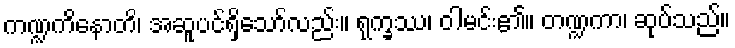
ကဏ္ဍကိနောတိ၊ အဆူပင်ရှိသော်လည်း။ ရုက္ခဿ၊ ဝါမင်း၏။ တဏ္ဍကာ၊ ဆုပ်သည်။